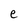
Character: e